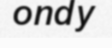
ondy